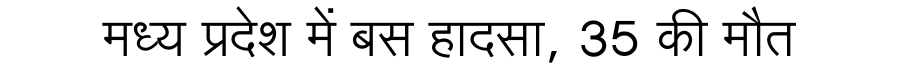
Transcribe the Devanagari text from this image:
मध्य प्रदेश में बस हादसा, 35 की मौत